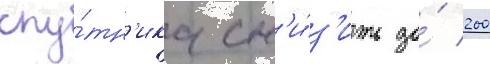
спу́тн'ика сн'и́з'ить до́ 200